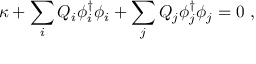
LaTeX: \kappa + \sum _ { i } Q _ { i } \phi _ { i } ^ { \dagger } \phi _ { i } + \sum _ { j } Q _ { j } \phi _ { j } ^ { \dagger } \phi _ { j } = 0 \ ,